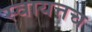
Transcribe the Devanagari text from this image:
स्वायत्तच